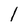
Character: l